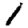
Digit: 1